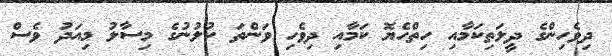
ދިވެހިންގެ ދީލަތިކަމާއި ހިތްހެޔޮ ކަމާއި ދިވެހި ވަންތަ ކުލުނުގެ މިސާލު މިއަދު ވެސް